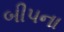
બીપના